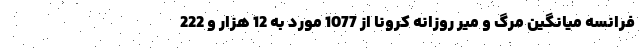
فرانسه میانگین مرگ و میر روزانه کرونا از 1077 مورد به 12 هزار و 222